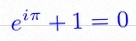
e^{i\pi}+1=0